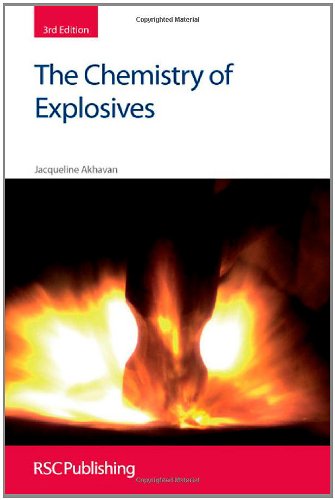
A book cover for The Chemistry of Explosives: RSC (RSC Paperbacks); Jacqueline Akhavan; Science & Math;